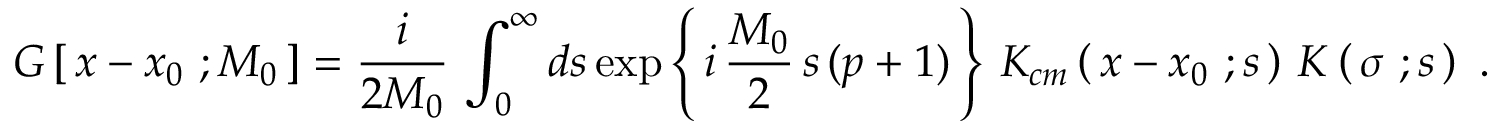
G \left[ \, x - x _ { 0 } \ ; M _ { 0 } \, \right] = { \frac { i } { 2 M _ { 0 } } } \, \int _ { 0 } ^ { \infty } d s \exp \left\{ \, i \, { \frac { M _ { 0 } } { 2 } } \, s \, ( p + 1 ) \, \right\} \, K _ { c m } \left( \, x - x _ { 0 } \ ; s \, \right) \, K \left( \, \sigma \ ; s \, \right) \ .